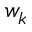
w _ { k }